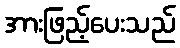
အားဖြည့်ပေးသည်